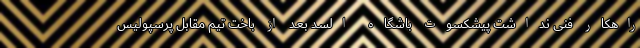
راهکار فنی نداشت پیشکسوت باشگاه السد بعد از باخت تیم مقابل پرسپولیس